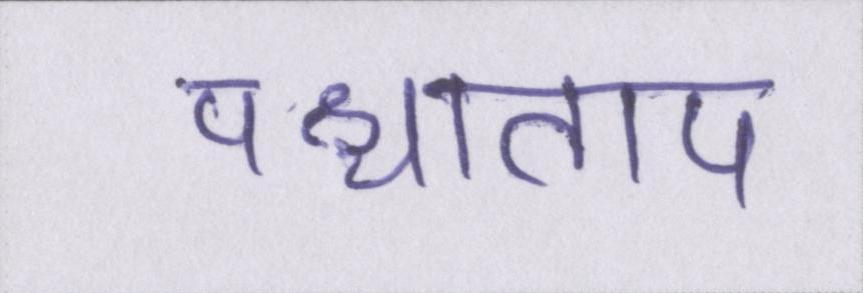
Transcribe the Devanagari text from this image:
पश्चाताप